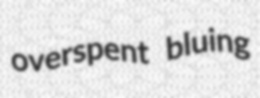
overspent bluing